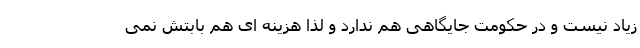
زیاد نیست و در حکومت جایگاهی هم ندارد و لذا هزینه ای هم بابتش نمی